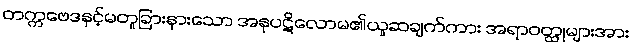
တက္ကဗေဒနှင့်မတူခြားနားသော အနုပဋိလောမ၏ယူဆချက်ကား အရာဝတ္ထုများအား